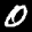
Label: 0